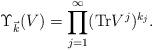
LaTeX: \begin{align*}\Upsilon_{\vec k} (V)=\prod_{j=1}^{\infty} ({\rm Tr} V^j)^{k_j}.\end{align*}